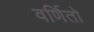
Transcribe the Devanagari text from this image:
वर्णितो